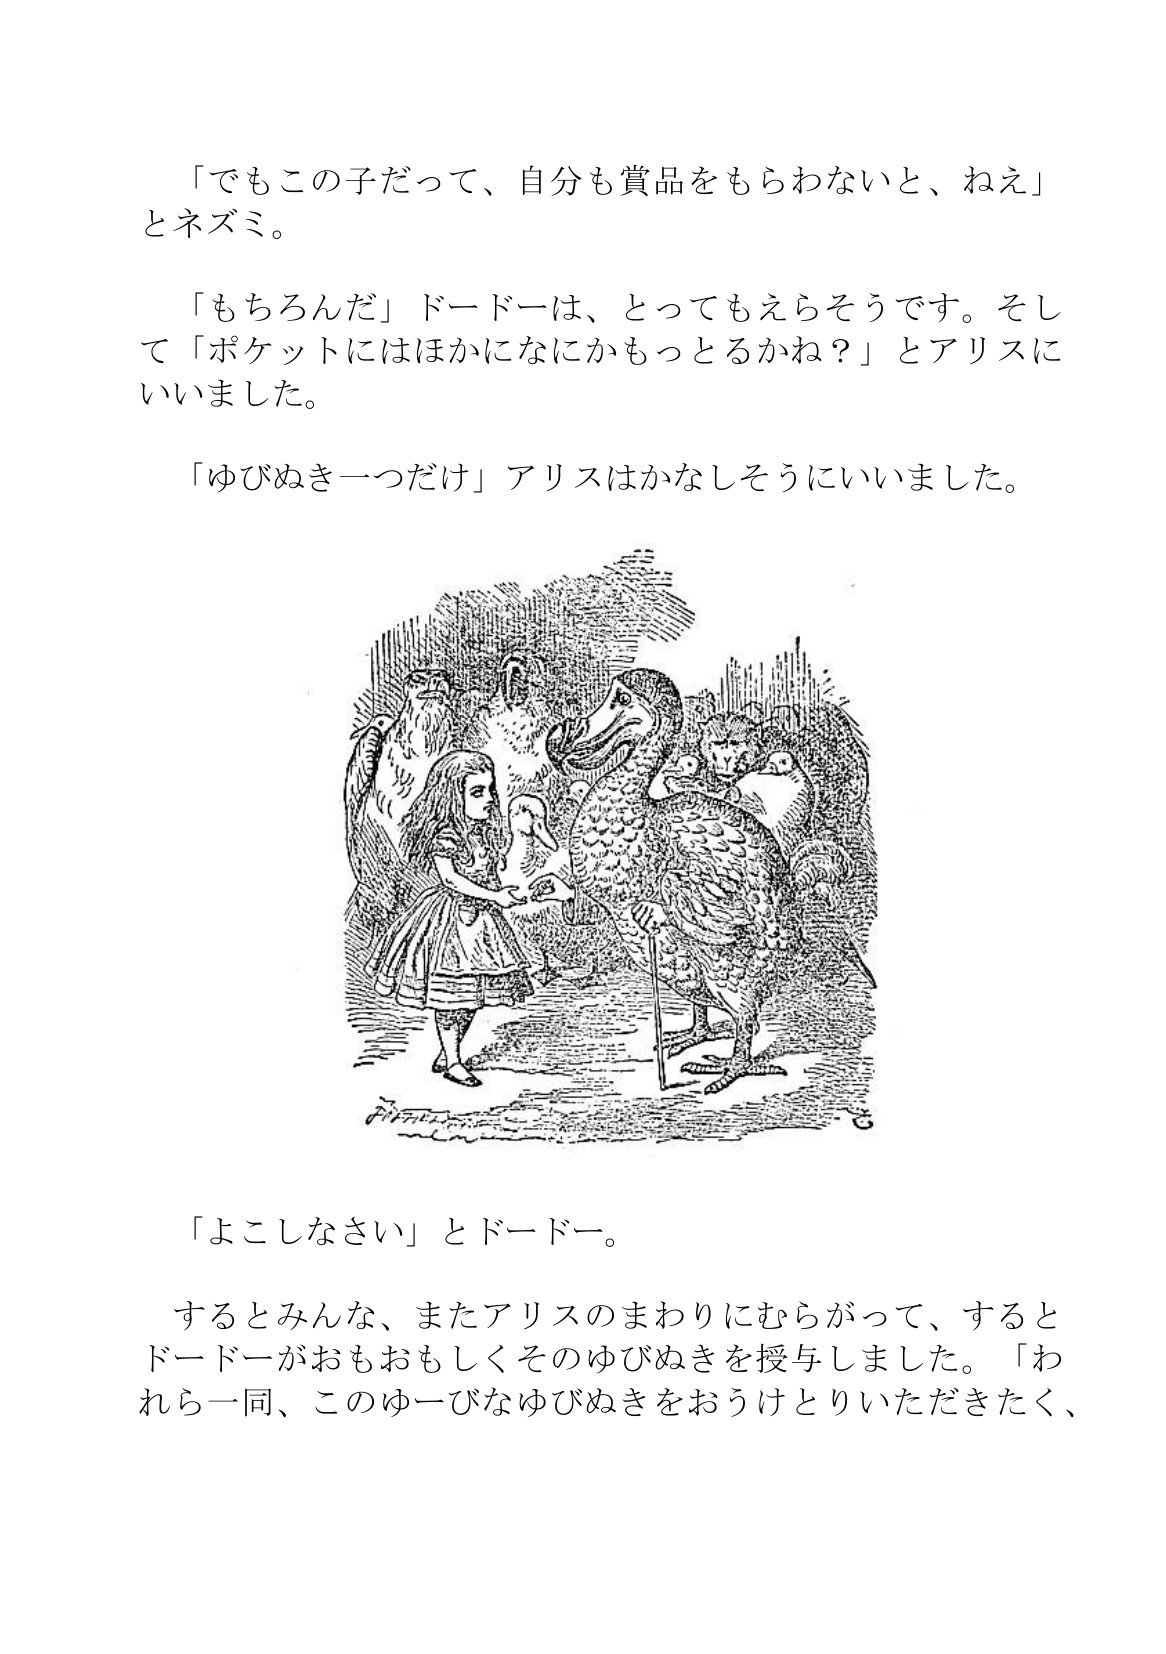
Language: ja